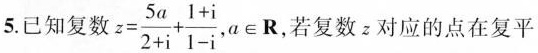
5.已知复数 $$z = \frac { 5 a } { 2 + i } +